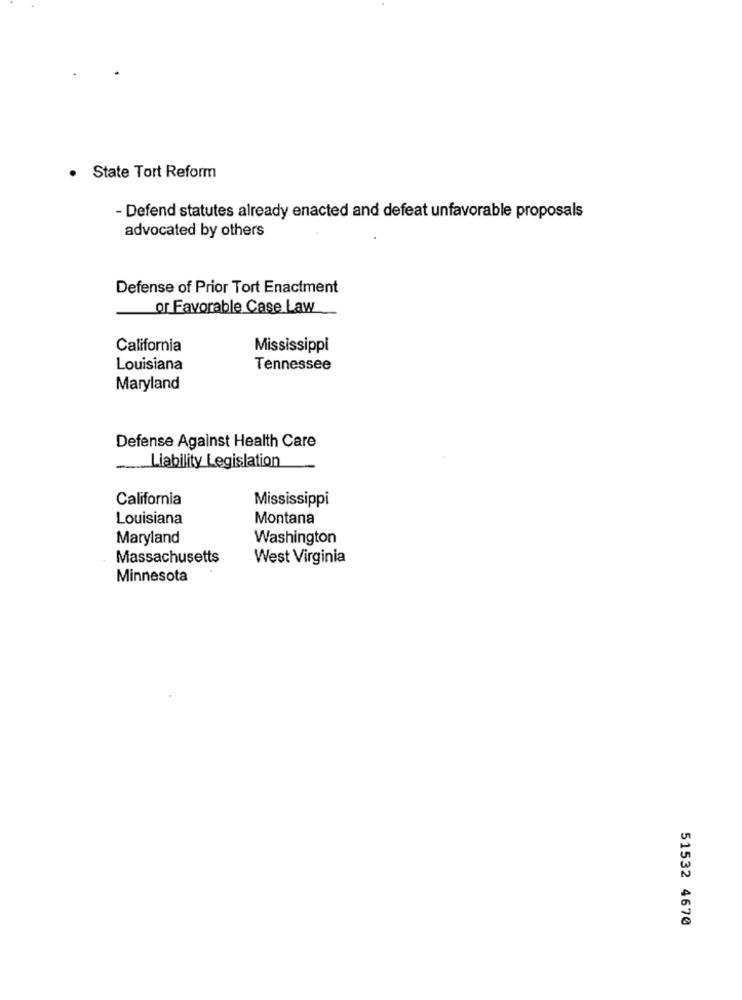
. State Tort Reform
- Defend statutes already enacted and defeat unfavorable proposals
advocated by others
Defense of Prior Tort Enactment
or Favorable Case Law
California
Mississippi
Louisiana
Tennessee
Maryland
Defense Against Health Care
Liability Legislation
California
Mississippi
Louisiana
Montana
Maryland
Washington
Massachusetts
West Virginia
Minnesota
51532 4670